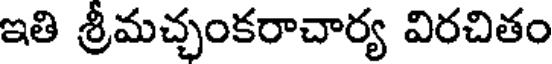
ఇతి శ్రీమచ్చంకరాచార్య విరచితం